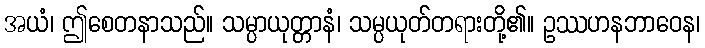
အယံ၊ ဤစေတနာသည်။ သမ္ပာယုတ္တာနံ၊ သမ္ပယုတ်တရားတို့၏။ ဥဿဟနဘာဝေန၊